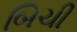
બિચી